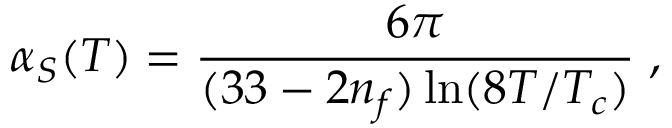
\alpha _ { S } ( T ) = \frac { 6 \pi } { ( 3 3 - 2 n _ { f } ) \ln ( 8 T / T _ { c } ) } \; ,